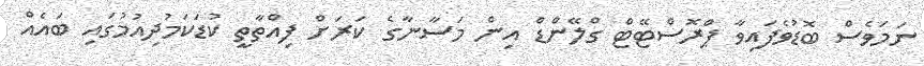
ނަމަވެސް ބޮޑުވެފައިވާ ޕްރޮސްޓޭޓް ގްލޭންޑް އިން މަސާނާގެ ކަރަށް ފިއްތާތީ ކުޑަކަމުދިއުމުގައި ބައެއް